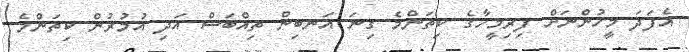
އެފަދަ މީހުންނަށް ފިރިމީހާގެ ކިތަންމެ ގިނަ އަނބިން ތިއްބަސް އަދި އުމުރުން ކިތަންމެ